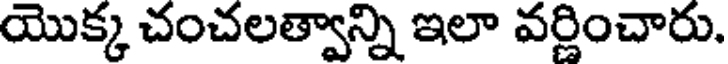
యొక్క చంచలత్వాన్ని ఇలా వర్ణించారు.